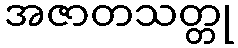
အဇာတသတ္တု